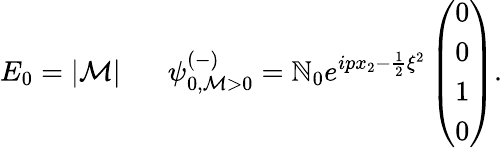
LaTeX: E_{0}=|\mathcal{M}|\; \; \; \; \; \; {\psi}_{0,\mathcal{M}>0}^{(-)}=\mathbb{N}_{0}e^{ipx_{2}-\frac{{1}}{{2}}\xi^{2}}\left(\begin{array}{c}{{0}}\\ {{0}}\\ {{1}}\\ {{0}}\end{array}\right).